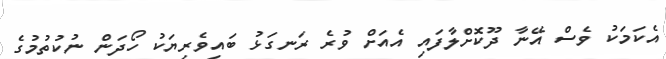
އެކަމަކު ވެސް އޭނާ ދޫކޮށްލާފައި އެއަށް ވުރެ ރަނގަޅު ބައިވެރިޔަކު ހޯދަން ނުކުތުމުގެ